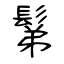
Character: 鬀